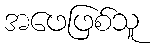
အဖေဖြစ်သူ